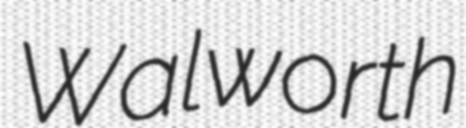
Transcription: Walworth